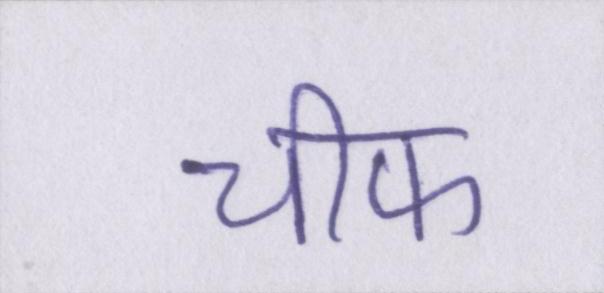
चीफ